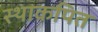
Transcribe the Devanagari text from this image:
स्थाकपित